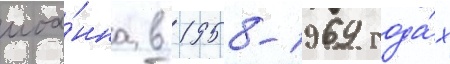
иоа́нна в 1958-1969 года́х